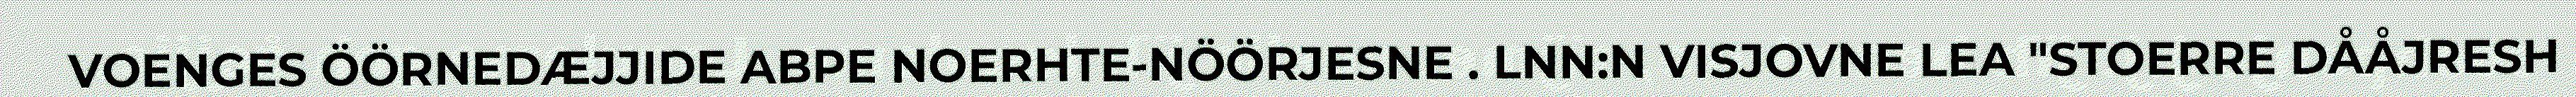
VOENGES ÖÖRNEDÆJJIDE ABPE NOERHTE-NÖÖRJESNE . LNN:N VISJOVNE LEA "STOERRE DÅÅJRESH